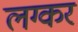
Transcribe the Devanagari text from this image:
लग्कर